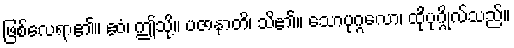
ဖြစ်လေရာ၏။ ဧဝံ၊ ဤသို့။ ပဇာနာတိ၊ သိ၏။ သောပုဂ္ဂလော၊ ထိုပုဂ္ဂိုလ်သည်။